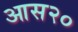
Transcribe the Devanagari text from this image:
आस२०